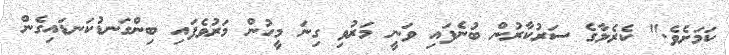
ކަމަށެވެ." ކެރެލާގެ ސަރުކާރުން ބުނެފައި ވަނީ މަރުވި ގިނަ މީހުން މަރުވެފައި ބިންގަނޑުކަނޑައިގެން